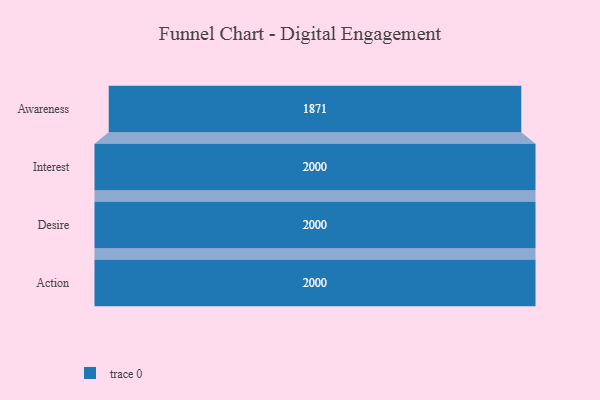
{"axis": {"x": "Stage", "y": "Value"}, "legend": [""], "data": [{"x": "Awareness", "y": 1871.0, "type": ""}, {"x": "Interest", "y": 2000, "type": ""}, {"x": "Desire", "y": 2000, "type": ""}, {"x": "Action", "y": 2000, "type": ""}]}